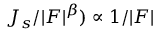
J _ { s } / | F | ^ { \beta } ) \propto 1 / | F |